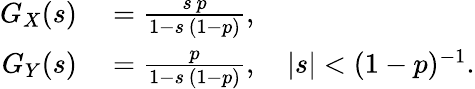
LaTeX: \begin{array}{rl}{G_{X}(s)}&{{}={\frac{s\, p}{1-s\, (1-p)}},}\\ {G_{Y}(s)}&{{}={\frac{p}{1-s\, (1-p)}},\quad|s|<(1-p)^{-1}.}\end{array}